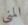
المني